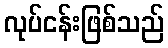
လုပ်ငန်းဖြစ်သည်